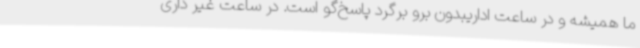
ما همیشه و در ساعت اداریبدون برو برگرد پاسخ‌گو است. در ساعت غیر داری